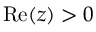
\mathrm { R e } ( z ) > 0